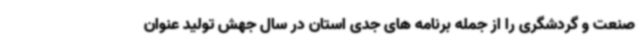
صنعت و گردشگری را از جمله برنامه های جدی استان در سال جهش تولید عنوان